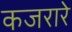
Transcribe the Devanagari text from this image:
कजरारे